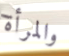
والمرأة